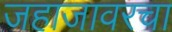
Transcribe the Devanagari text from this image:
जहाजावरचा